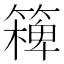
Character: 𥴖